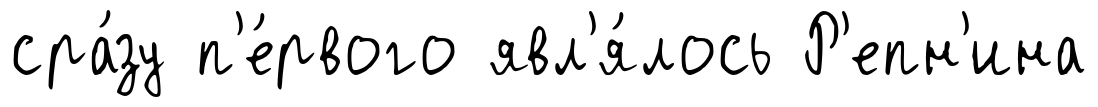
сра́зу п'е́рвого явл'я́лось Р'епн'ина